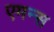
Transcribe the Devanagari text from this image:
एमन्स